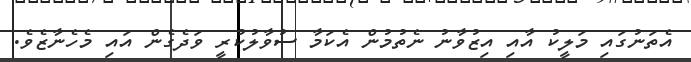
އެތަނުގައި މަލީކު އާއި އިޒުވާނު ނެތުމުން އެކަމާ ސުވާލުކުރީ ވަދެގެން އައި މެހެނާޒެވެ.